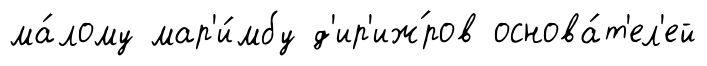
ма́лому мар'и́мбу д'ир'иж́ров основа́т'ел'ей